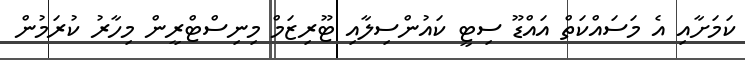
ކަމަށާއި އެ މަސައްކަތް އައްޑޫ ސިޓީ ކައުންސިލާއި ޓޫރިޒަމް މިނިސްޓްރީން މިހާރު ކުރަމުން